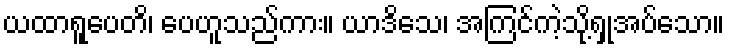
ယထာရူပေတိ၊ ပေဟူသည်ကား။ ယာဒိသေ၊ အကြင်ကဲ့သို့ရှုအပ်သော။